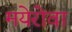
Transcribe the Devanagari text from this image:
मयेरोवा